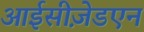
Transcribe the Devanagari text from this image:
आईसीज़ेडएन